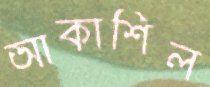
আকাশিল